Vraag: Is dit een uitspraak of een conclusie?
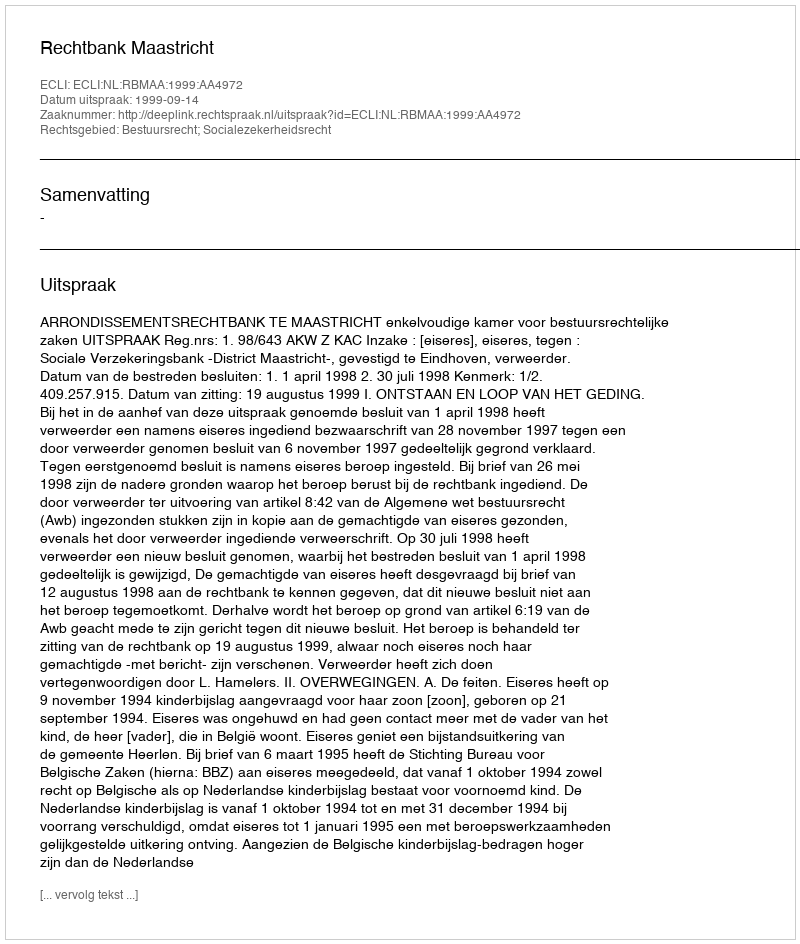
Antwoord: Uitspraak